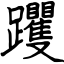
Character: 躩